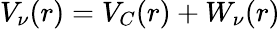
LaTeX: V_{\nu}(r)=V_{C}(r)+W_{\nu}(r)